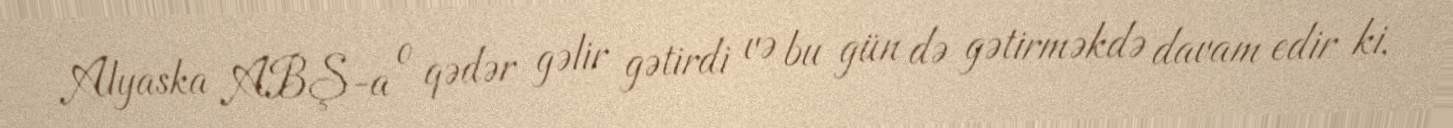
Alyaska ABŞ-a o qədər gəlir gətirdi və bu gün də gətirməkdə davam edir ki,